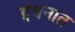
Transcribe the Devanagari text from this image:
इंधनात